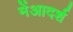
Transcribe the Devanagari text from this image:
मेंआदर्श